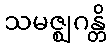
သမဇ္ဈဂန္တိ